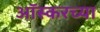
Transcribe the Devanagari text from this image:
आॅस्करच्या